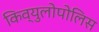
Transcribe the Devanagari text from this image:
किव्युलोपोलिस